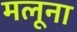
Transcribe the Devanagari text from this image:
मलूना